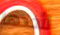
لأخذها